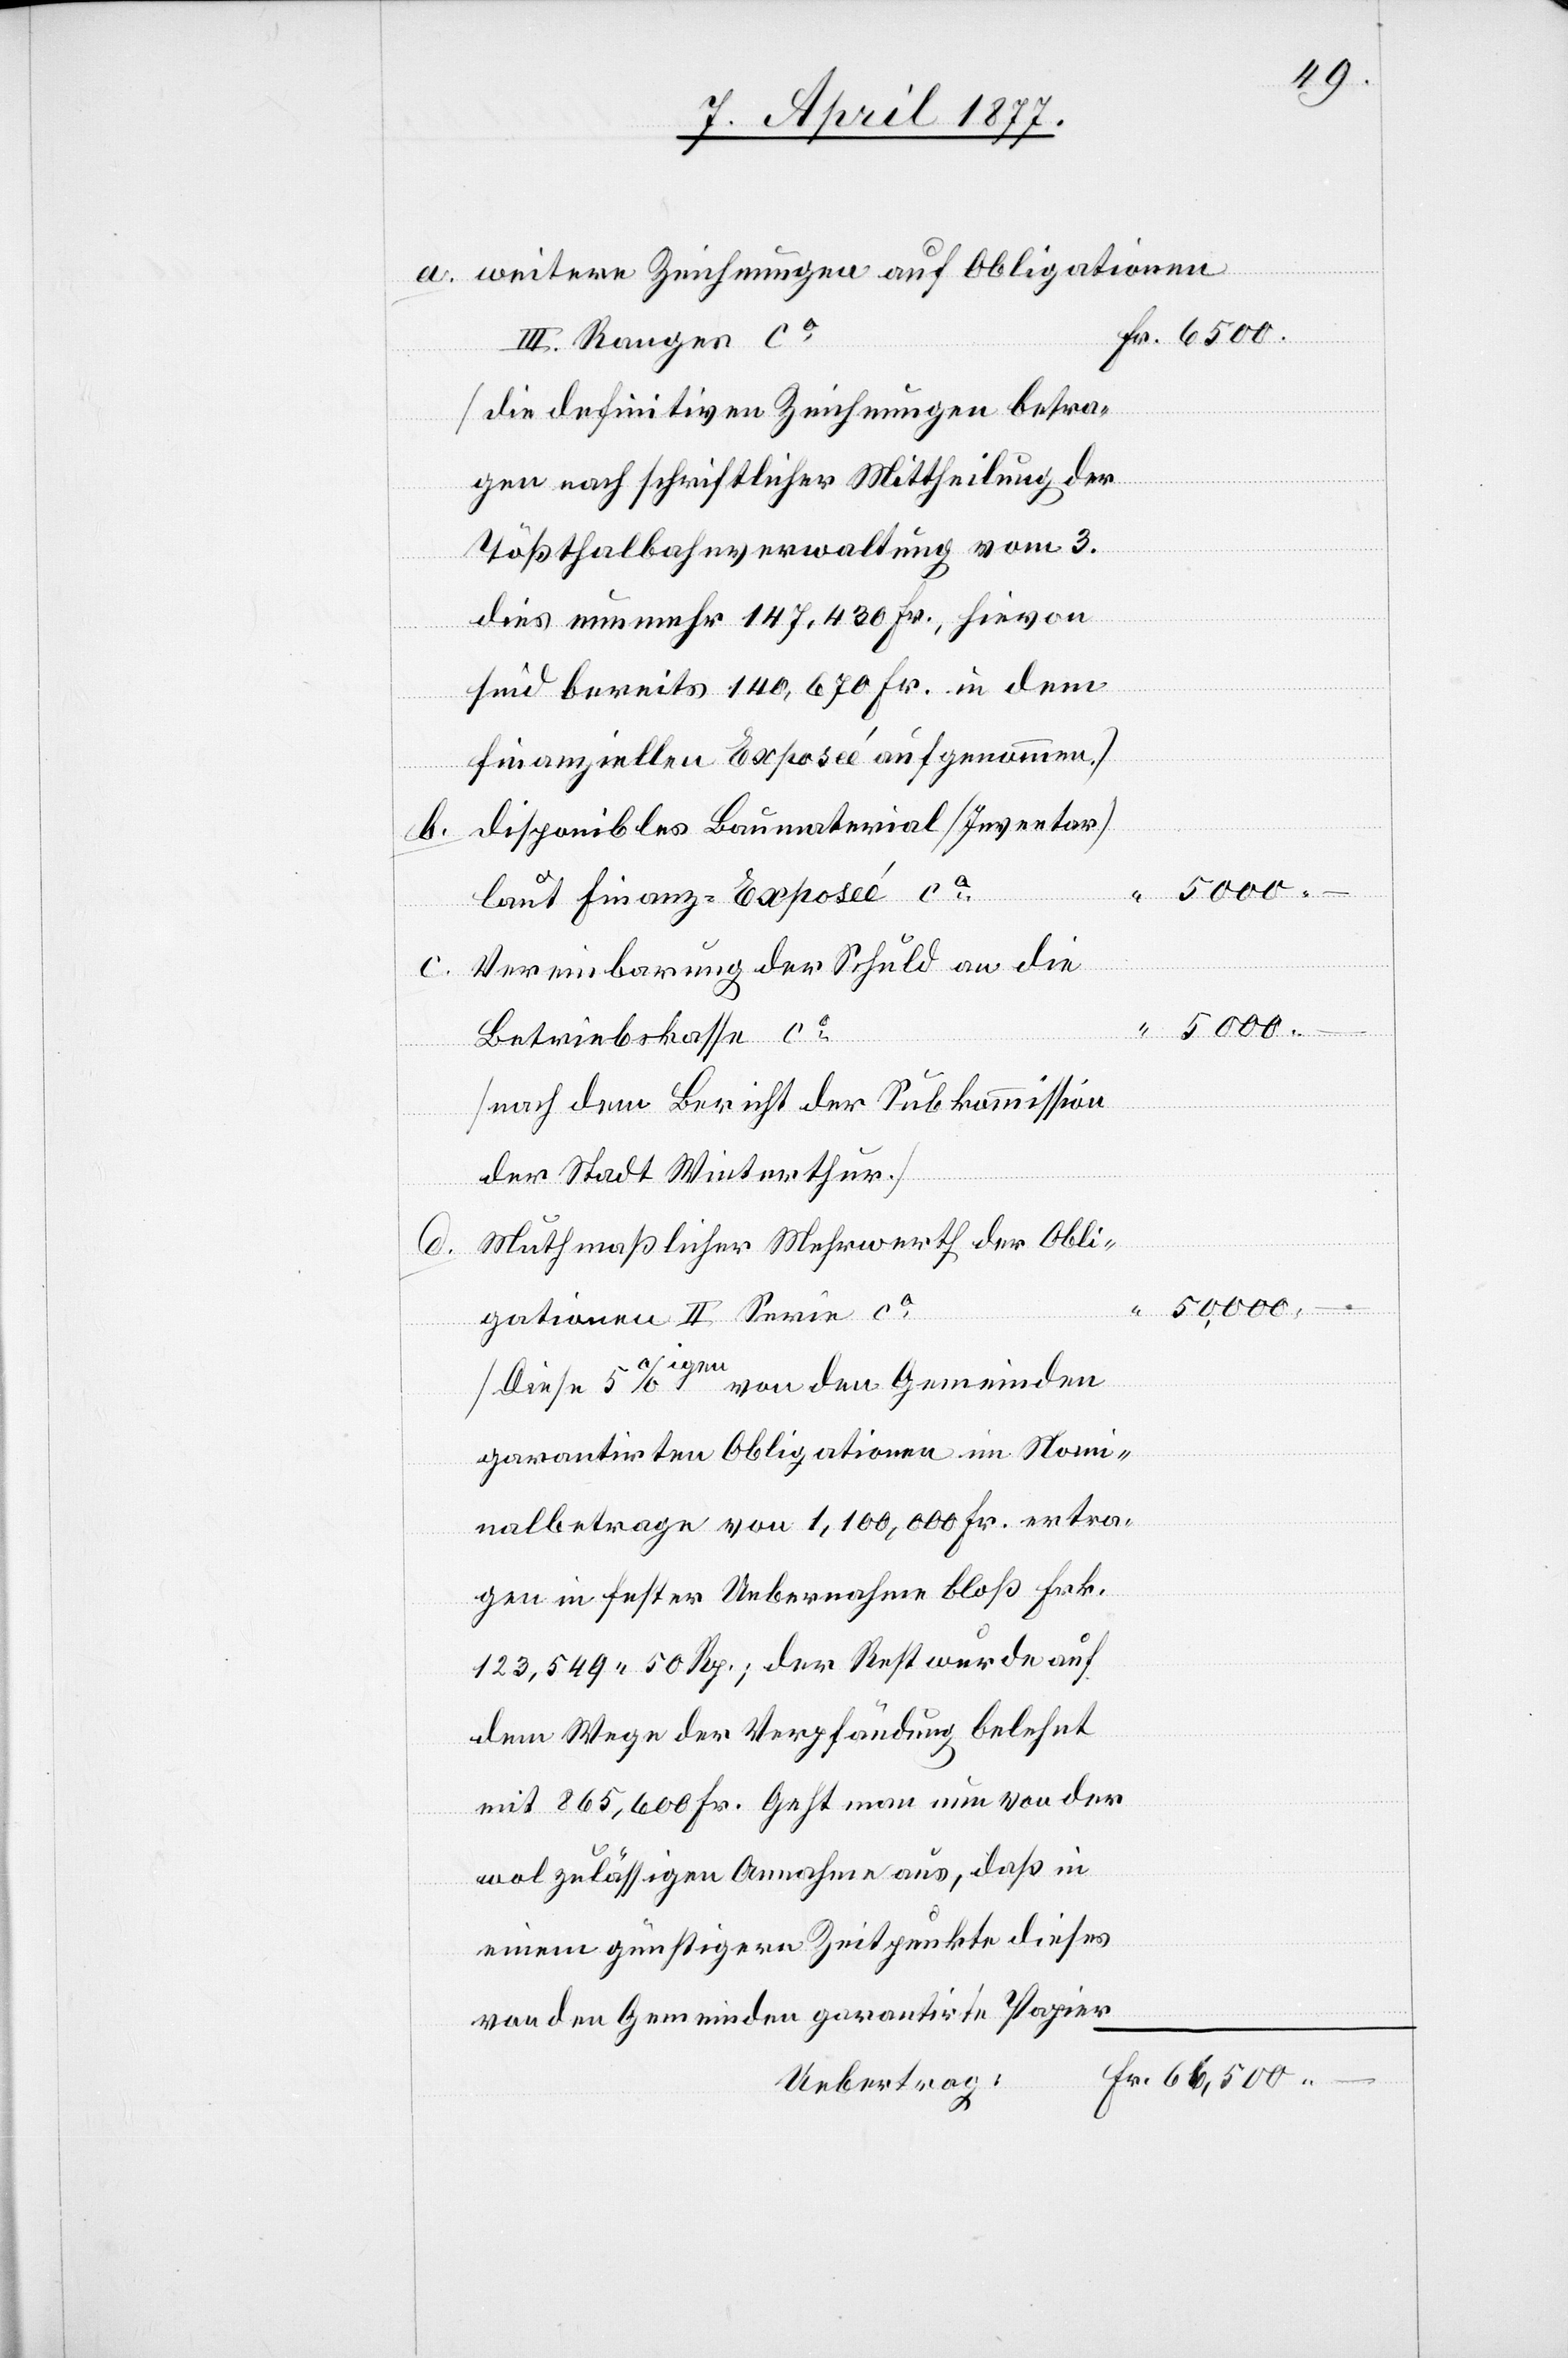
a. weitere Zeichnungen auf Obligationen
III. Ranges ca
[die definitiven Zeichnungen betra¬
gen nach schriftlicher Mittheilung der
Tößthalbahnverwaltung vom 3.
dies nunmehr 147,430 Fr, hievon
sind bereits 140,670 Fr. in dem
finanziellen Exposeé aufgenommen.]
b. disponibles Baumaterial [Inventar]
laut Finanz-Exposeé ca
c. Vereinbarung der Schuld an die
5000 –
Fr.
Betriebskasse ca
[nach dem Bericht der Subkommission
der Stadt Winterthur]
–
Muthmaßlicher Mehrwerth der Obli¬
50,000 –
gationen II. Serie ca
[Diese 5%igen von den Gemeinden
garantirten Obligationen im Nomi¬
nalbetrage von 1,100,000 Fr. ertra¬
gen in fester Uebernahme bloß Frk.
123,549 50 Rp.; der Rest wurde auf
dem Wege der Verpfändung belehnt
mit 865,600 Fr. Geht man nun von der
wol zulässigen Annahme aus, daß in
einem günstigern Zeitpunkte dieses
von den Gemeinden garantirte Papier
Uebertrag: